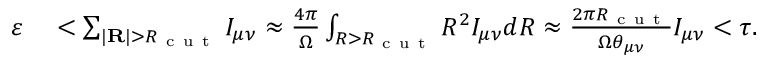
\begin{array} { r l } { \varepsilon } & { { } < \sum _ { | \mathbf { R } | > R _ { \mathrm { ~ c ~ u ~ t ~ } } } I _ { \mu \nu } \approx \frac { 4 \pi } { \Omega } \int _ { R > R _ { \mathrm { ~ c ~ u ~ t ~ } } } R ^ { 2 } I _ { \mu \nu } d R \approx \frac { 2 \pi R _ { \mathrm { ~ c ~ u ~ t ~ } } } { \Omega \theta _ { \mu \nu } } I _ { \mu \nu } < \tau . } \end{array}